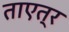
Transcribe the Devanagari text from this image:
ताएत्र